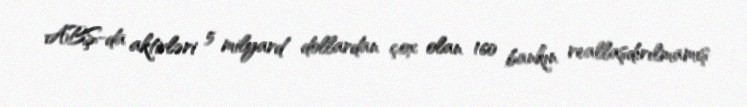
ABŞ-da aktivləri 5 milyard dollardan çox olan 160 bankın reallaşdırılmamış